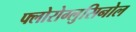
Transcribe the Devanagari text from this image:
फ्लोरोग्लुसिनोल